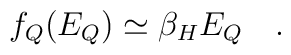
f_Q(E_Q) \simeq \beta_H E_Q~~~.